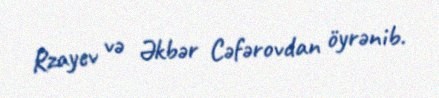
Rzayev və Əkbər Cəfərovdan öyrənib.